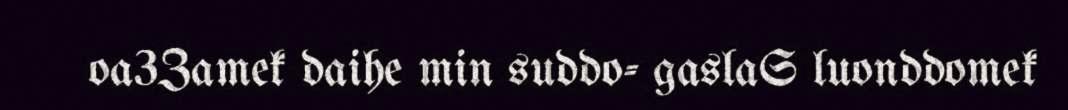
oa3Zamek daihe min suddo- gaslaS luonddomek